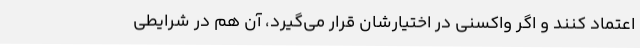
اعتماد کنند و اگر واکسنی در اختیارشان قرار می‌گیرد، آن هم در شرایطی